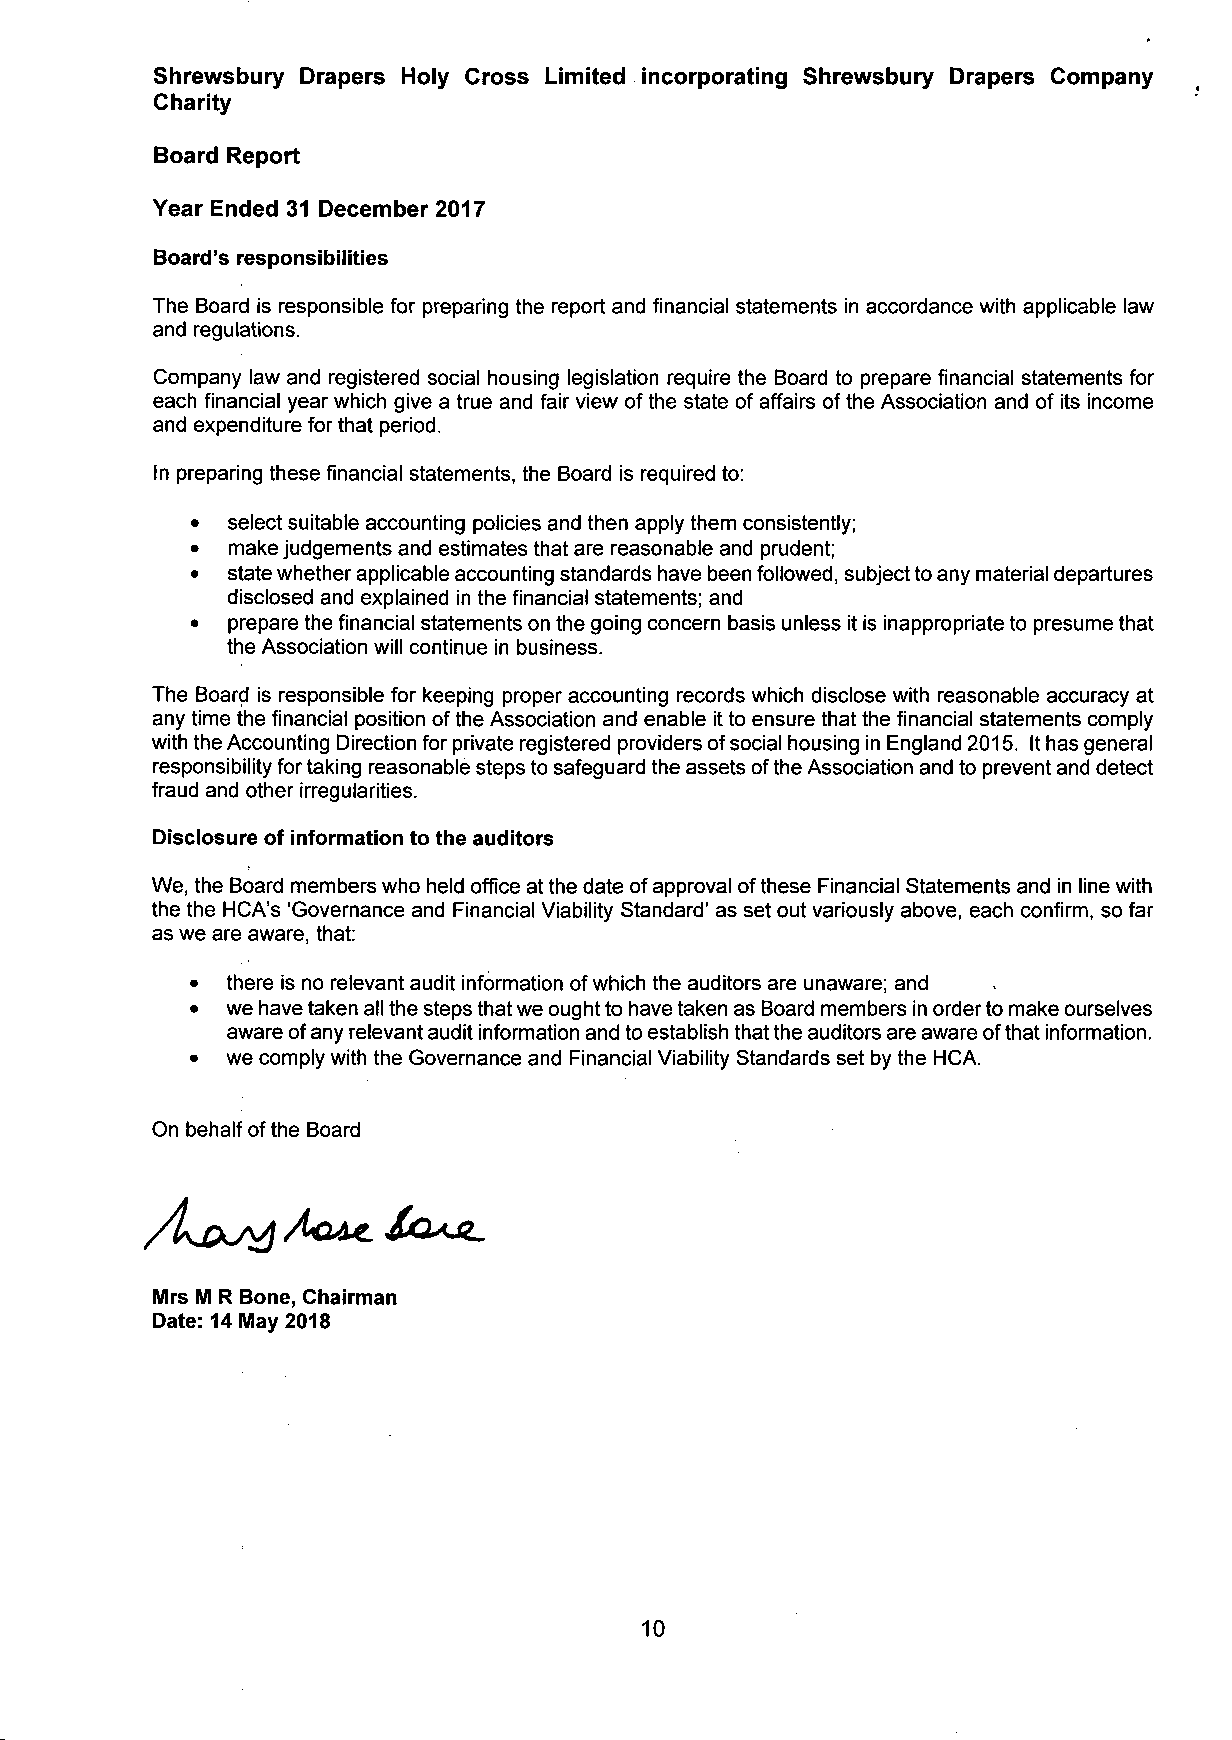
Shrewsbury Drapers Holy Cross Limited incorporating Shrewsbury Drapers Company
 Charity
 Board Report
 Year Ended 31 December 2017
 Board's responsibilities
 The Board is responsible for preparing the report and financial statements in accordance with applicable law
 and regulations.
 Company law and registered social housing legislation require the Board to prepare financial statements for
 each financial year which give a true and fair view of the state of affairs of the Association and of its income
 and expenditure for that period.
 In preparing these financial statements, the Board is required to:
 • select suitable accounting policies and then apply them consistently;
 • make judgements and estimates that are reasonable and prudent;
 • state whether applicable accounting standards have been followed, subject to any material departures
 disclosed and explained in the financial statements; and
 • prepare the financial statements on the going concern basis unless it is inappropriate to presume that
 the Association will continue in business.
 The Board is responsible for keeping proper accounting records which disclose with reasonable accuracy at
 any time the financial position of the Association and enable it to ensure that the financial statements comply
 with the Accounting Direction for private registered providers of social housing in England 2015. It has general
 responsibility for taking reasonable steps to safeguard the assets of the Association and to prevent and detect
 fraud and other irregularities.
 Disclosure of information to the auditors
 We, the Board members who held office at the date of approval of these Financial Statements and in line with
 the the HCA's 'Governance and Financial Viability Standard' as set out variously above, each confirm, so far
 as we are aware, that:
 • there is no relevant audit information of which the auditors are unaware; and
 • we have taken all the steps that we ought to have taken as Board members in order to make ourselves
 aware of any relevant audit information and to establish that the auditors are aware of that information.
 • we comply with the Governance and Financial Viability Standards set by the HCA.
 On behalf of the Board
 Mrs M R Bone, Chairman
 Date: 14 May 2018
 10